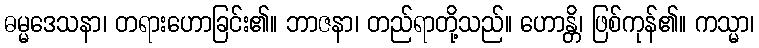
ဓမ္မဒေသနာ၊ တရားဟောခြင်း၏။ ဘာဇနာ၊ တည်ရာတို့သည်။ ဟောန္တိ၊ ဖြစ်ကုန်၏။ ကသ္မာ၊